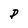
Character: P